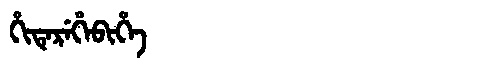
Manchu: ᡥᡳᡨᡝᡵᡝᡥᡝᠪᡳᡥᡝ
Romanization: HITEREHEBIHE